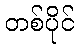
တစ်ပိုင်